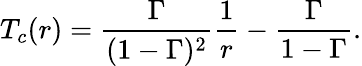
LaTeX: T_{c}(r)=\frac{\Gamma}{(1-\Gamma)^{2}}\frac{1}{r}-\frac{\Gamma}{1-\Gamma}.